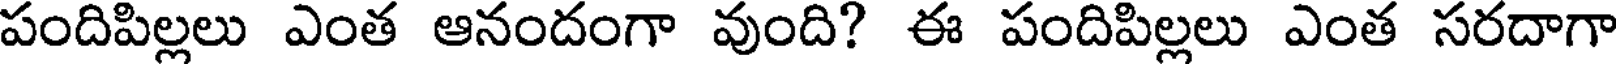
పందిపిల్లలు ఎంత ఆనందంగా వుంది? ఈ పందిపిల్లలు ఎంత సరదాగా